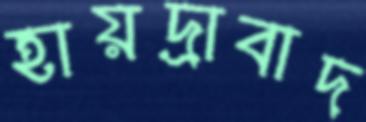
হায়দ্রাবাদ